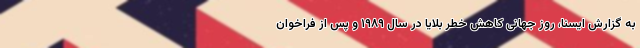
به گزارش ایسنا، روز جهانی کاهش خطر بلایا در سال ۱۹۸۹ و پس از فراخوان